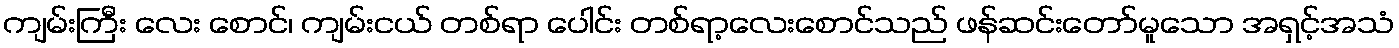
ကျမ်းကြီး လေး စောင်၊ ကျမ်းငယ် တစ်ရာ ပေါင်း တစ်ရာ့လေးစောင်သည် ဖန်ဆင်းတော်မူသော အရှင့်အသံ